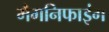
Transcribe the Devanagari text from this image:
मैगनिफाइंग